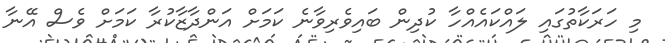
މި ހަރަކާތުގައި ލައްކައެއްހާ ކުދިން ބައިވެރިވާނެ ކަމަށް އަންދާޒާކުރާ ކަމަށް ވެސް އޭނާ